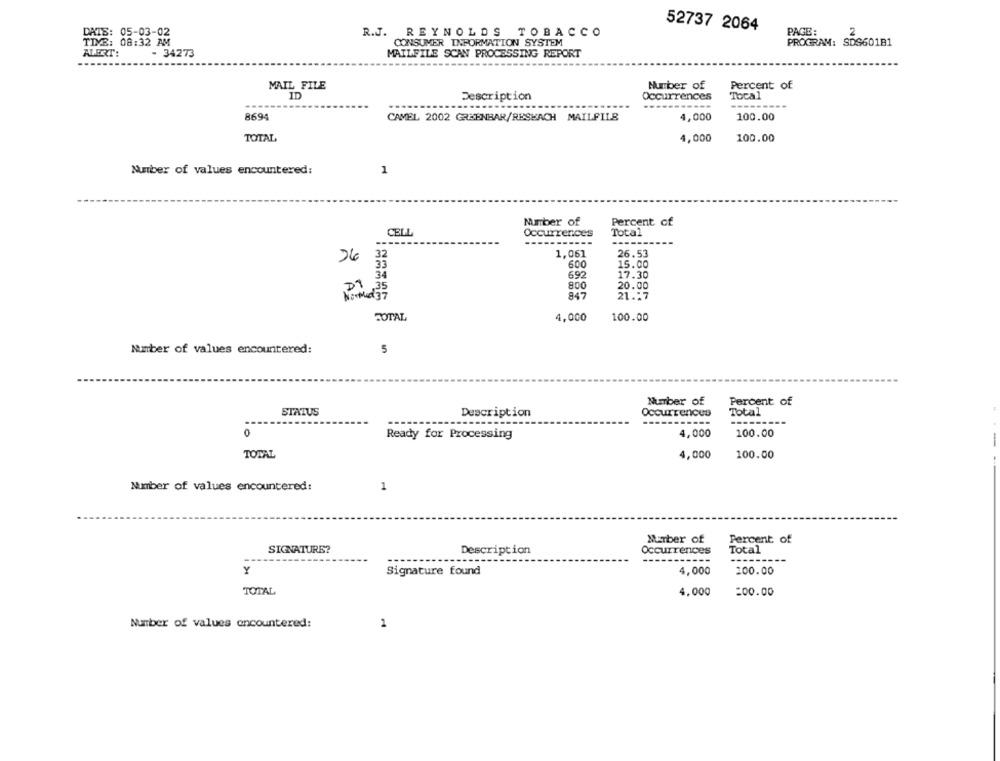
52737 2064
PAGE:
2
DATS: 05-03-02
R.J. REYNOLDS TOBACCO
TIME: 08:32 AM
CONSUMER INFORMATION SYSTEM
PROGRAM: SDS601B1
ALERT:
- 34273
MAILFILE SCAN PROCESSING REPORT
Percent of
MAIL FILE
Number of
ID
Description
Occurrences
Tocal
---
8694
CAMEL 2002 GREENBAR/RESKACH MAILFILE
4,000
100.00
TOTAL
4,000
100.00
Number of values encountered:
1
Number of
Percent cf
CELL
Occurrences
Total
-----------
32
1,061
26.53
33
600
15.00
34
692
17.30
800
20.00
847
21.17
A
TOTAL
4,000
100.00
Number of values encountered:
5
Number of
Percent of
STATUS
Occurrences
Total
Description
0
Ready for Processing
4,000
100.00
TOTAL
4,000
100.00
Number of values encountered:
1
Number of
Percent of
SIGNATURE?
Total
Description
Occurrences
------
Y
Signature found
4,000
200.00
TOTAL
4,000
=00.00
Number of values encountered:
1